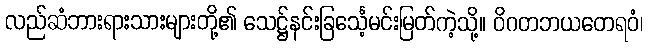
လည်ဆံဘားရားသားများတို့၏ သေဋ္ဌ်နင်းခြင်္သေ့မင်းမြတ်ကဲ့သို့။ ဝိဂတဘယတေရဝံ၊